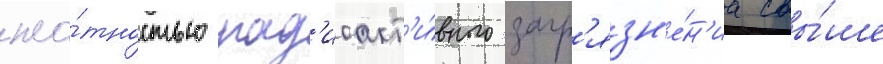
пло́тностью рад'иоакт'и́вного загр'язн'е́н'иа свы́ше